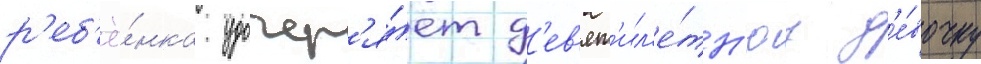
р'еб'ё́нка удочер'я́ет д'ев'ят'ил'е́тн'юу д'е́вочку